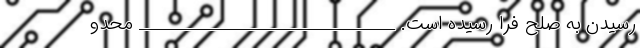
رسیدن به صلح فرا رسیده است. ________________________________ محدو